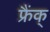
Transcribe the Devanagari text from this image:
फ्रैंक्